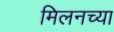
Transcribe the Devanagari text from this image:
मिलनच्या